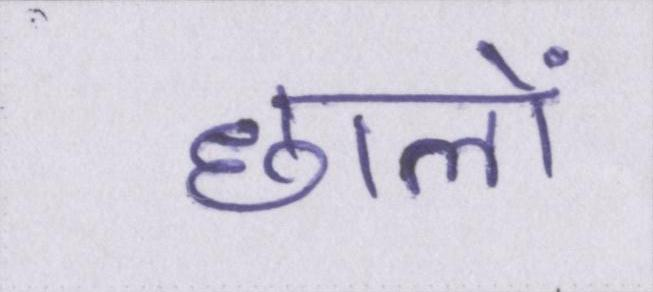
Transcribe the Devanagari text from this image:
छालों